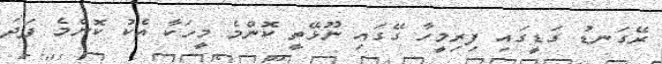
ރޭގަނޑު ގަޑީގައި ފިރިމީހާ ގޭގައި ނޫޅޭތީ ކޮންމެ މީހަކާ އެކު ކޮންމެ ފަދަ